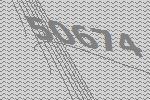
50674